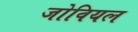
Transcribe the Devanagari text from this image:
जोवियल